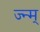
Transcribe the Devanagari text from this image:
ज्न्म्